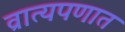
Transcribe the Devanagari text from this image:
व्रात्यपणात